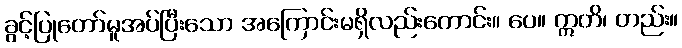
ခွင့်ပြုတော်မူအပ်ပြီးသော အကြောင်းမရှိလည်းကောင်း။ ပေ။ ဣတိ၊ တည်း။